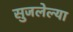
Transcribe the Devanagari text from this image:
सुजलेल्या